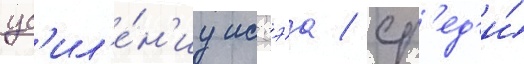
ус'ил'е́н'иу иссэа / ср'ед'и́